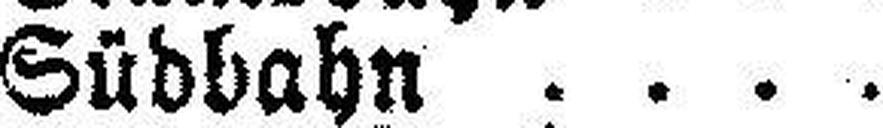
Südbahn